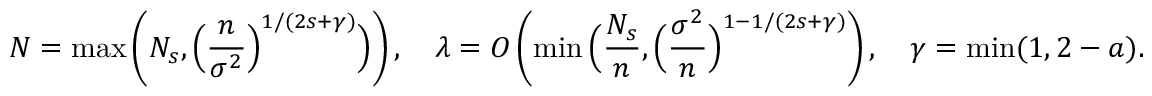
N = \operatorname* { m a x } \left( N _ { s } , \Big ( \frac { n } { \sigma ^ { 2 } } \Big ) ^ { 1 / ( 2 s + \gamma ) } \Big ) \right) , \quad \lambda = O \left( \operatorname* { m i n } \Big ( \frac { N _ { s } } { n } , \Big ( \frac { \sigma ^ { 2 } } { n } \Big ) ^ { 1 - 1 / ( 2 s + \gamma ) } \right) , \quad \gamma = \operatorname* { m i n } ( 1 , 2 - a ) .